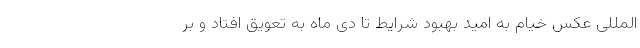
المللی عکس خیام به امید بهبود شرایط تا دی ماه به تعویق افتاد و بر